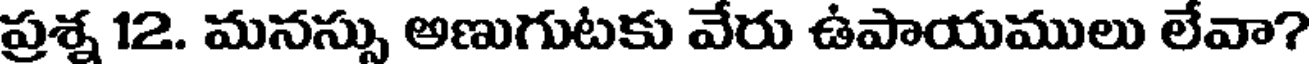
ప్రశ్న 12. మనస్సు అణుగుటకు వేరు ఉపాయములు లేవా?